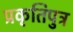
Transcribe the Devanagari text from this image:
प्रकृतिपुत्र